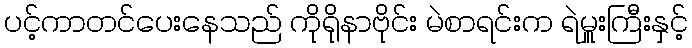
ပင့်ကာတင်ပေးနေသည် ကိုရိုနာဗိုင်း မဲစာရင်းက ရဲမှူးကြီးနှင့်